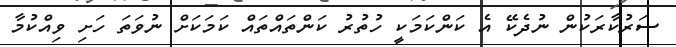
ސަރުކާރަކުން ނުދެކޭ އެ ކަންކަމަކީ ހުތުރު ކަންތައްތައް ކަމަކަށް ނުވަތަ ހަށި ވިއްކުމާ